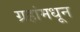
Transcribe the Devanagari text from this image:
ग्रहांमधून